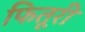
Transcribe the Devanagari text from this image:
फितूरी